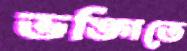
ভঙ্গিতে